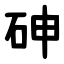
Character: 砷